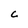
Character: C